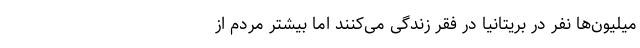
میلیون‌ها نفر در بریتانیا در فقر زندگی می‌کنند اما بیشتر مردم از